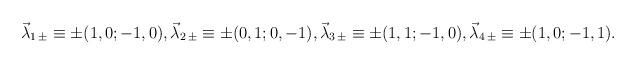
LaTeX: \begin{align*}{\vec {\lambda}}_{1\,\pm}\equiv\pm (1,0;-1,0),{\vec {\lambda}}_{2\,\pm}\equiv\pm (0,1;0,-1),{\vec{\lambda}}_{3\,\pm}\equiv\pm (1,1;-1,0),{\vec{\lambda}}_{4\,\pm}\equiv\pm (1,0;-1,1).\end{align*}